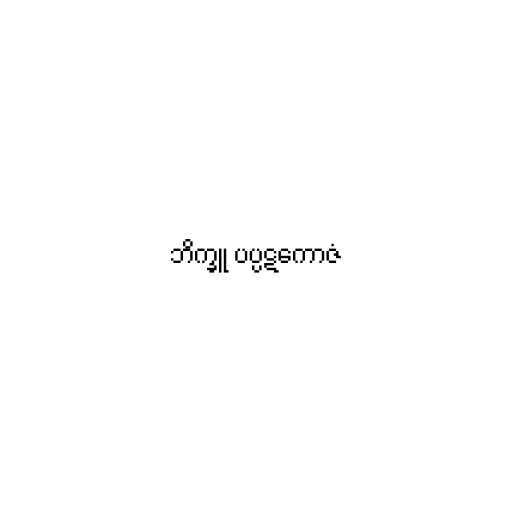
ဘိက္ခူ ပပ္ပဋကောဇံ